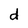
Character: d